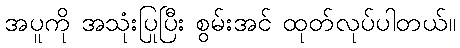
အပူကို အသုံးပြုပြီး စွမ်းအင် ထုတ်လုပ်ပါတယ်။